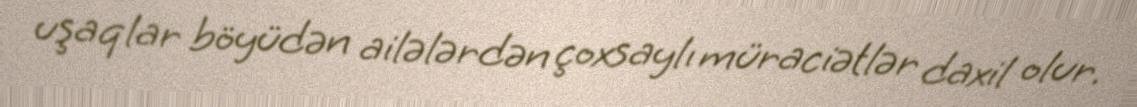
uşaqlar böyüdən ailələrdən çoxsaylı müraciətlər daxil olur.